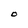
Character: O